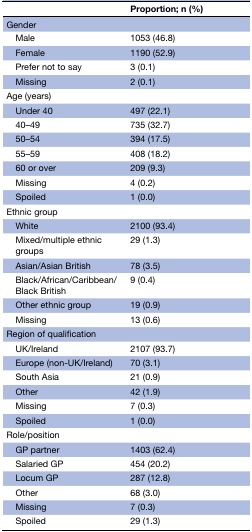
|  | Proportion; n (%) |
 | --- | --- |
 | Gender |  |
 | Male | 1053 (46.8) |
 | Female | 1190 (52.9) |
 | Prefer not to say | 3 (0.1) |
 | Missing | 2 (0.1) |
 | Age (years) |  |
 | Under 40 | 497 (22.1) |
 | 40–49 | 735 (32.7) |
 | 50–54 | 394 (17.5) |
 | 55–59 | 408 (18.2) |
 | 60 or over | 209 (9.3) |
 | Missing | 4 (0.2) |
 | Spoiled | 1 (0.0) |
 | Ethnic group |  |
 | White | 2100 (93.4) |
 | Mixed/multiple ethnic groups | 29 (1.3) |
 | Asian/Asian British | 78 (3.5) |
 | Black/African/Caribbean/Black British | 9 (0.4) |
 | Other ethnic group | 19 (0.9) |
 | Missing | 13 (0.6) |
 | Region of qualification |  |
 | UK/Ireland | 2107 (93.7) |
 | Europe (non-UK/Ireland) | 70 (3.1) |
 | South Asia | 21 (0.9) |
 | Other | 42 (1.9) |
 | Missing | 7 (0.3) |
 | Spoiled | 1 (0.0) |
 | Role/position |  |
 | GP partner | 1403 (62.4) |
 | Salaried GP | 454 (20.2) |
 | Locum GP | 287 (12.8) |
 | Other | 68 (3.0) |
 | Missing | 7 (0.3) |
 | Spoiled | 29 (1.3) |